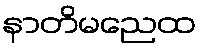
နာတိမညေထ